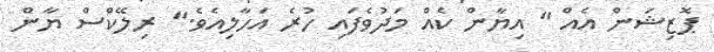
ޕޮޒިޝަން އެއް " އިޔާން ކެއް މަދުވެފައި ހުރެ އަހާލިއެވެ." ރިލޭކްސް ޔާން